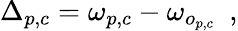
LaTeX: \Delta_{p,c}=\omega_{p,c}-\omega_{o_{p,c}}\, \, \, ,